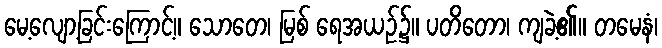
မေ့လျော့ခြင်းကြောင့်။ သောတေ၊ မြစ် ရေအယဉ်၌။ ပတိတော၊ ကျခဲ့၏။ တမေနံ၊